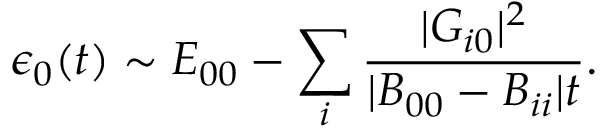
\epsilon _ { 0 } ( t ) \sim { \cal E } _ { 0 0 } - \sum _ { i } \frac { | { \cal G } _ { i 0 } | ^ { 2 } } { | B _ { 0 0 } - B _ { i i } | t } .